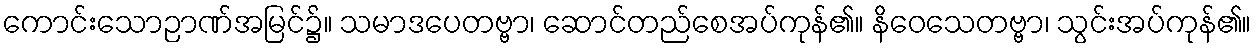
ကောင်းသောဉာဏ်အမြင်၌။ သမာဒပေတဗ္ဗာ၊ ဆောင်တည်စေအပ်ကုန်၏။ နိဝေသေတဗ္ဗာ၊ သွင်းအပ်ကုန်၏။